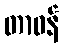
တာဝန်